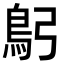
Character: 𩾫